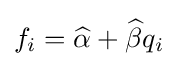
f_{i}={\widehat {\alpha }}+{\widehat {\beta }}q_{i}